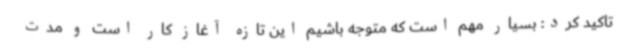
تاکید کرد: بسیار مهم است که متوجه باشیم این تازه آغاز کار است و مدت